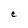
Character: C